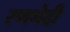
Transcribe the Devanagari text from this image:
रणभेदी